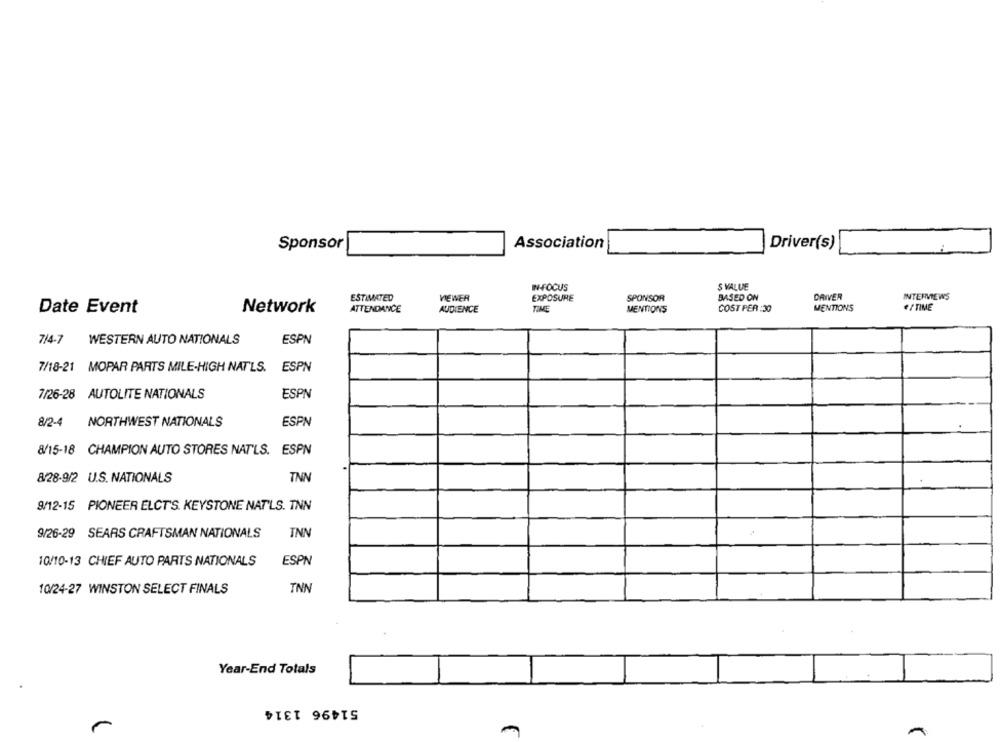
Association
Sponsor
Driver(s)
I-FOCUS
S VALUE
ESTIMATED
VIEWER
EXPOSURE
SPONSOR
BASED ON
DRIVER
INTERVIEWS
Date Event
Network
ATTENDANCE
AUDIENCE
TIME
MENTIONS
COST PER :30
MENTIONS
#/ TIME
7/4-7
WESTERN AUTO NATIONALS
ESPN
7/18-21 MOPAR PARTS MILE-HIGH NAT'LS.
ESPN
7/26-28 AUTOLITE NATIONALS
ESPN
8/2-4
NORTHWEST NATIONALS
ESPN
8/15-18 CHAMPION AUTO STORES NAT'LS. ESPN
8/28-9/2 U.S. NATIONALS
TNN
9/12-15 PIONEER ELCT'S. KEYSTONE NAT'LS. TNN
9/26-29 SEARS CRAFTSMAN NATIONALS
INN
10/10-13 CHIEF AUTO PARTS NATIONALS
ESPN
10/24-27 WINSTON SELECT FINALS
INN
Year-End Totals
51496 1314